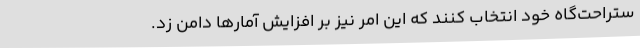
ستراحت‌گاه خود انتخاب کنند که این امر نیز بر افزایش آمارها دامن زد.